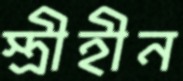
স্ত্রীহীন